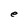
Character: e